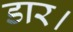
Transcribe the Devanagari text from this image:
डार।